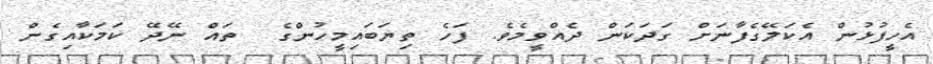
އެހީފުޅުން އެކަލޭގެފާނަށް ގަދަކަން ދެއްވީމެވެ. ފަހެ ތިޔަބައިމީހުންގެ  ތައް ނޭދޭ ކަމަކާއިގެން